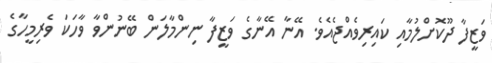
ވަޒީފާ ދޫކޮށްލުމާއި ކައިރިވެއްޖެއެވެ. އޭނާ އޭނާގެ ވަޒީފާ ނިންމާލަން ބޭނުންވާ ވާހަކަ ވެރިމީހާގެ